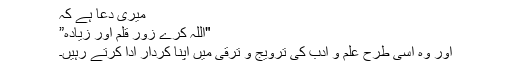
میری دعا ہے کہ
"اللہ کرے زور قلم اور زیادہ”
اور وہ اسی طرح علم و ادب کی ترویج و ترقی میں اپنا کردار ادا کرتے رہیں۔